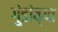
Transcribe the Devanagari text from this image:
गुंडांव्या